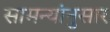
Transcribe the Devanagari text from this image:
सामन्यांनुसार